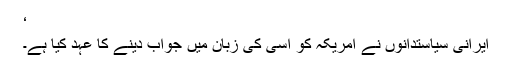
‘
ایرانی سیاستدانوں نے امریکہ کو اسی کی زبان میں جواب دینے کا عہد کیا ہے۔